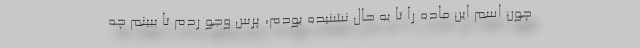
چون اسم این ماده را تا به حال نشنیده بودم، پرس وجو ردم تا ببینم چه